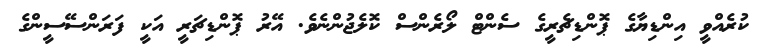
ކުރެއްވީ އިންޑިޔާގެ ޕޮންޑިޗެރީގެ ސެންޓް ލޯރެންސް ކޮލެޖުންނެވެ. އޭރު ޕޮންޑިޗަރީ އަކީ ފަރަންސޭސީންގެ